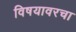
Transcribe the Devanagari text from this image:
विषयावरचा